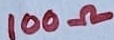
Text: 100Ω